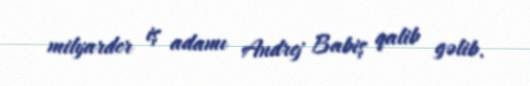
milyarder iş adamı Andrej Babiş qalib gəlib.